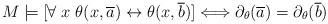
LaTeX: \begin{align*}M\models [\forall \; x \; \theta(x,\overline{a})\leftrightarrow \theta(x,\overline{b})] \Longleftrightarrow \partial_{\theta}(\overline{a})=\partial_{\theta}(\overline{b})\end{align*}